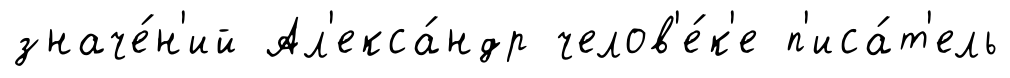
значе́н'ий Ал'екса́ндр челов'е́к'е п'иса́т'ель